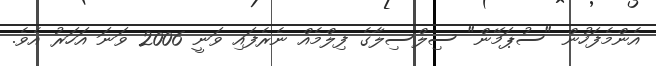
އެންމެފަހުން "ސުޕަމޭން" ސިލްސިލާގެ ފިލްމެއް ނެރެފައި ވަނީ 2006 ވަނަ އަހަރު އެވެ.